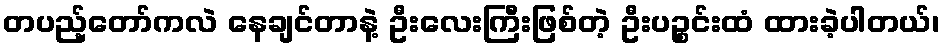
တပည့်တော်ကလဲ နေချင်တာနဲ့ ဦးလေးကြီးဖြစ်တဲ့ ဦးပဉ္စင်းထံ ထားခဲ့ပါတယ်၊